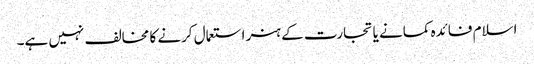
اسلام فائدہ کمانے یا تجارت کے ہنر استعمال کرنے کا مخالف نہیں ہے۔